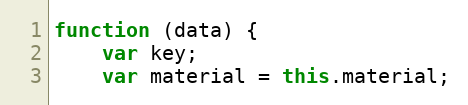
Language: JavaScript
function (data) {
    var key;
    var material = this.material;